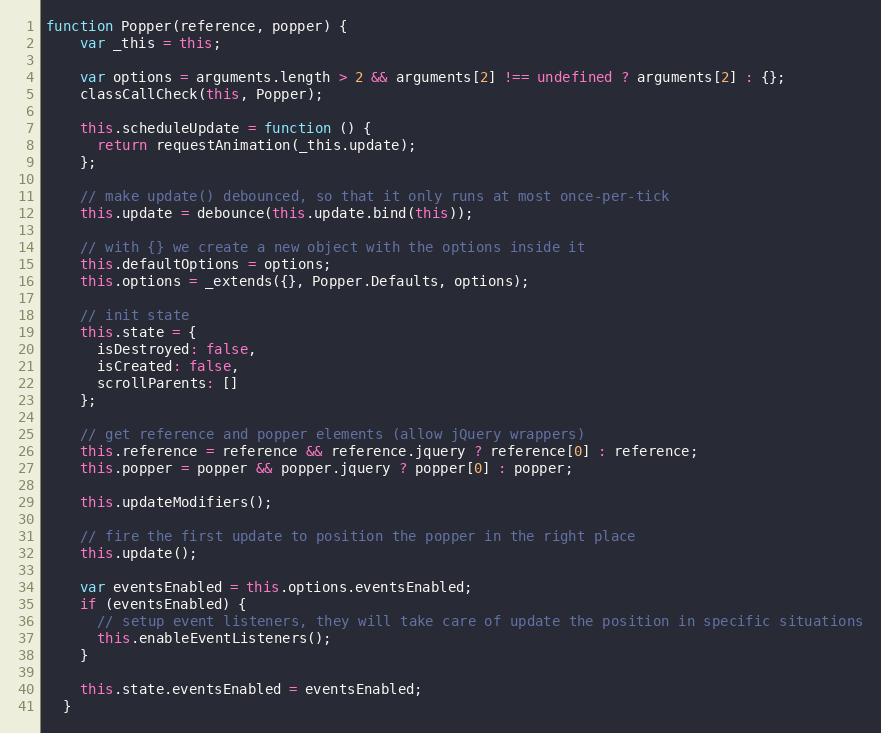
Language: JavaScript
function Popper(reference, popper) {
    var _this = this;

    var options = arguments.length > 2 && arguments[2] !== undefined ? arguments[2] : {};
    classCallCheck(this, Popper);

    this.scheduleUpdate = function () {
      return requestAnimation(_this.update);
    };

    // make update() debounced, so that it only runs at most once-per-tick
    this.update = debounce(this.update.bind(this));

    // with {} we create a new object with the options inside it
    this.defaultOptions = options;
    this.options = _extends({}, Popper.Defaults, options);

    // init state
    this.state = {
      isDestroyed: false,
      isCreated: false,
      scrollParents: []
    };

    // get reference and popper elements (allow jQuery wrappers)
    this.reference = reference && reference.jquery ? reference[0] : reference;
    this.popper = popper && popper.jquery ? popper[0] : popper;

    this.updateModifiers();

    // fire the first update to position the popper in the right place
    this.update();

    var eventsEnabled = this.options.eventsEnabled;
    if (eventsEnabled) {
      // setup event listeners, they will take care of update the position in specific situations
      this.enableEventListeners();
    }

    this.state.eventsEnabled = eventsEnabled;
  }